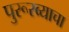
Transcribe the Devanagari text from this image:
पुरूरव्याचा